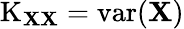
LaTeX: \operatorname{K}_{\mathbf{XX}}=\operatorname{var}(\mathbf{X})